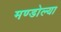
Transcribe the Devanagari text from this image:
मण्डोल्या